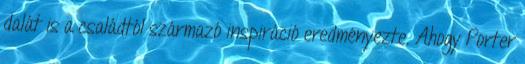
dalát is a családtól származó inspiráció eredményezte. Ahogy Porter